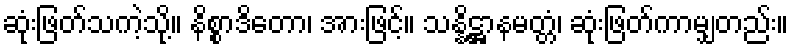
ဆုံးဖြတ်သကဲ့သို့။ နိစ္စာဒိတော၊ အားဖြင့်။ သန္နိဋ္ဌာနမတ္တံ၊ ဆုံးဖြတ်ကာမျှတည်း။